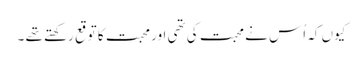
کیوں کہ اُس نے محبت کی تھی اور محبت کا توقع رکھتے تھے ۔